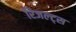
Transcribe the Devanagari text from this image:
रिजल्ट्स